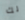
لك